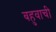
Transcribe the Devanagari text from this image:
बहुवाची